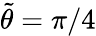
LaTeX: \tilde{\theta}=\pi/4